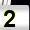
Digit: 2